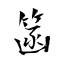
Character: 䈄